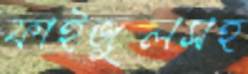
ফাইজুলসহ